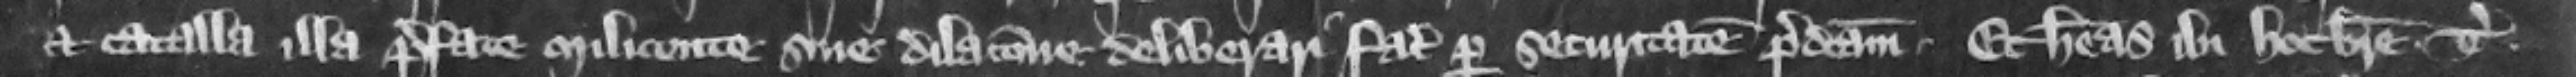
et catalla illa prefate milicente sine dilacione deliberari faciatis per securitatem predictam. Et habeas ibi hoc breve. Teste